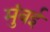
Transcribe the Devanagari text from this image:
मुंंबई